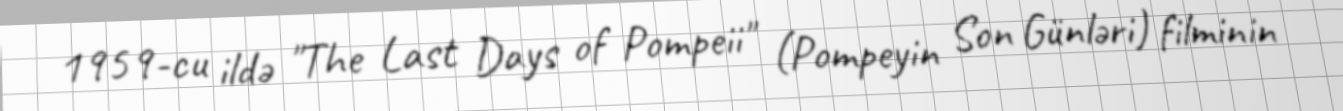
1959-cu ildə "The Last Days of Pompeii" (Pompeyin Son Günləri) filminin